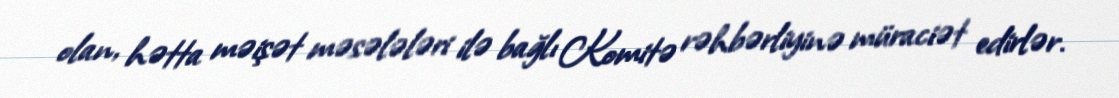
olan, hətta məişət məsələləri ilə bağlı Komitə rəhbərliyinə müraciət edirlər.